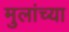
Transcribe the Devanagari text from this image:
मुलांच्‍या